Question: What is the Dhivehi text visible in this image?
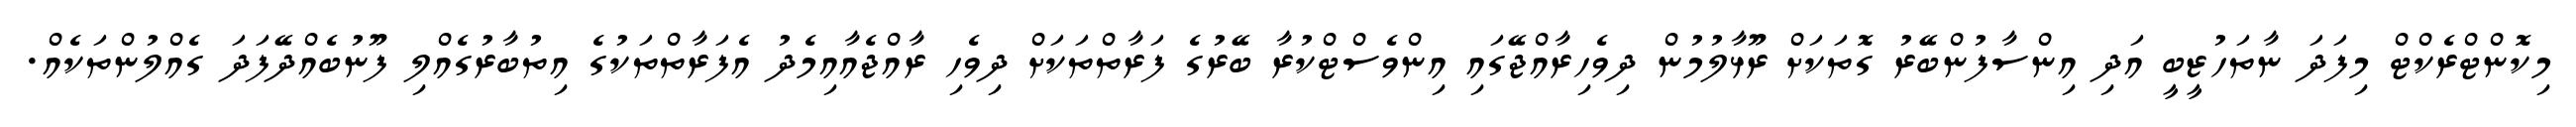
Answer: މިކޮންޓްރެކްޓް މިފަދަ ނާތަހުޒީބީ އަދި އިންސާފުންބޭރު ގޮތަކަށް ރޫޅާލުމުން ދިވެހިރާއްޖޭގައި އިންވެސްޓްކުރާ ބޭރުގެ ފަރާތްތަކަށް ދިވެހި ރާއްޖެއާއިމެދު އެފަރާތްތަކުގެ އިތުބާރުގެއްލި ފޫނުބެއްދޭފަދަ ގެއްލުންތަކެއް.